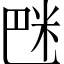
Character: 𥸿